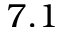
7 . 1